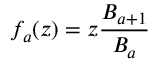
f _ { a } ( z ) = z \frac { B _ { a + 1 } } { B _ { a } }